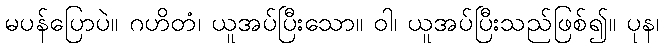
မပန်ပြောပဲ။ ဂဟိတံ၊ ယူအပ်ပြီးသော။ ဝါ၊ ယူအပ်ပြီးသည်ဖြစ်၍။ ပုန၊